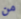
من